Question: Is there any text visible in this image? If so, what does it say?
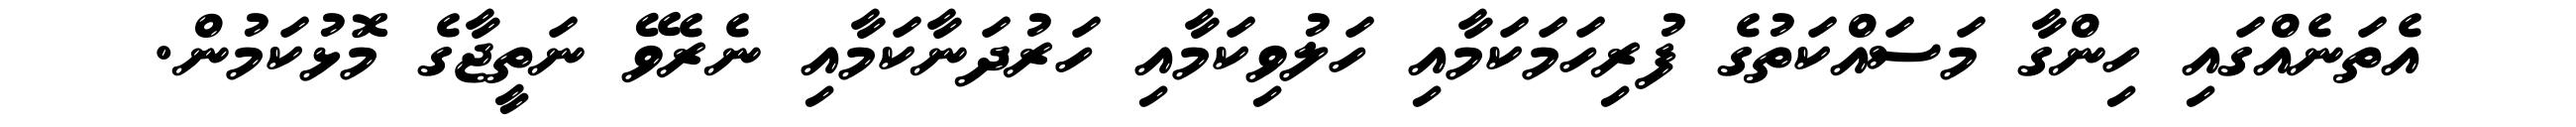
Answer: އެތަނެއްގައި ހިންގާ މަސައްކަތުގެ ފުރިހަމަކަމާއި ހަލުވިކަމާއި ހަރުދަނާކަމާއި ނެރެވޭ ނަތީޖާގެ މޮޅުކަމުން.